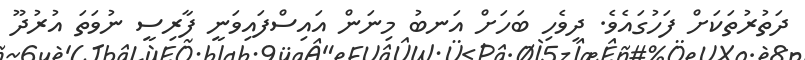
ދަތުރުތަކަށް ފަހުގައެވެ. ދިވެހި ބަހަށް އަނބު މިނަން އައިސްފައިވަނީ ފާރިސީ ނުވަތަ އުރުދޫ